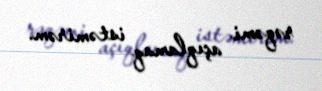
rəqəmi açıqlamaq istəmirəm.